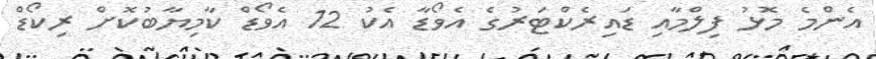
އެންމެ މޮޅު ފިލްމާއި ޑައިރެކްޓަރުގެ އެވޯޑާ އެކު 12 އެވޯޑް ކާމިޔާބުކޮށް ރިކޯޑް